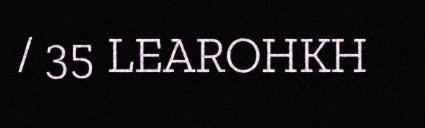
/ 35 LEAROHKH